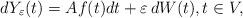
LaTeX: \begin{align*}dY_{\varepsilon}(t)= Af(t)dt + \varepsilon \, dW(t), t \in V,\\\end{align*}